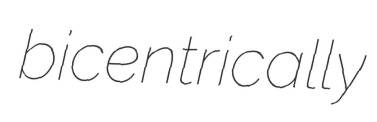
bicentrically